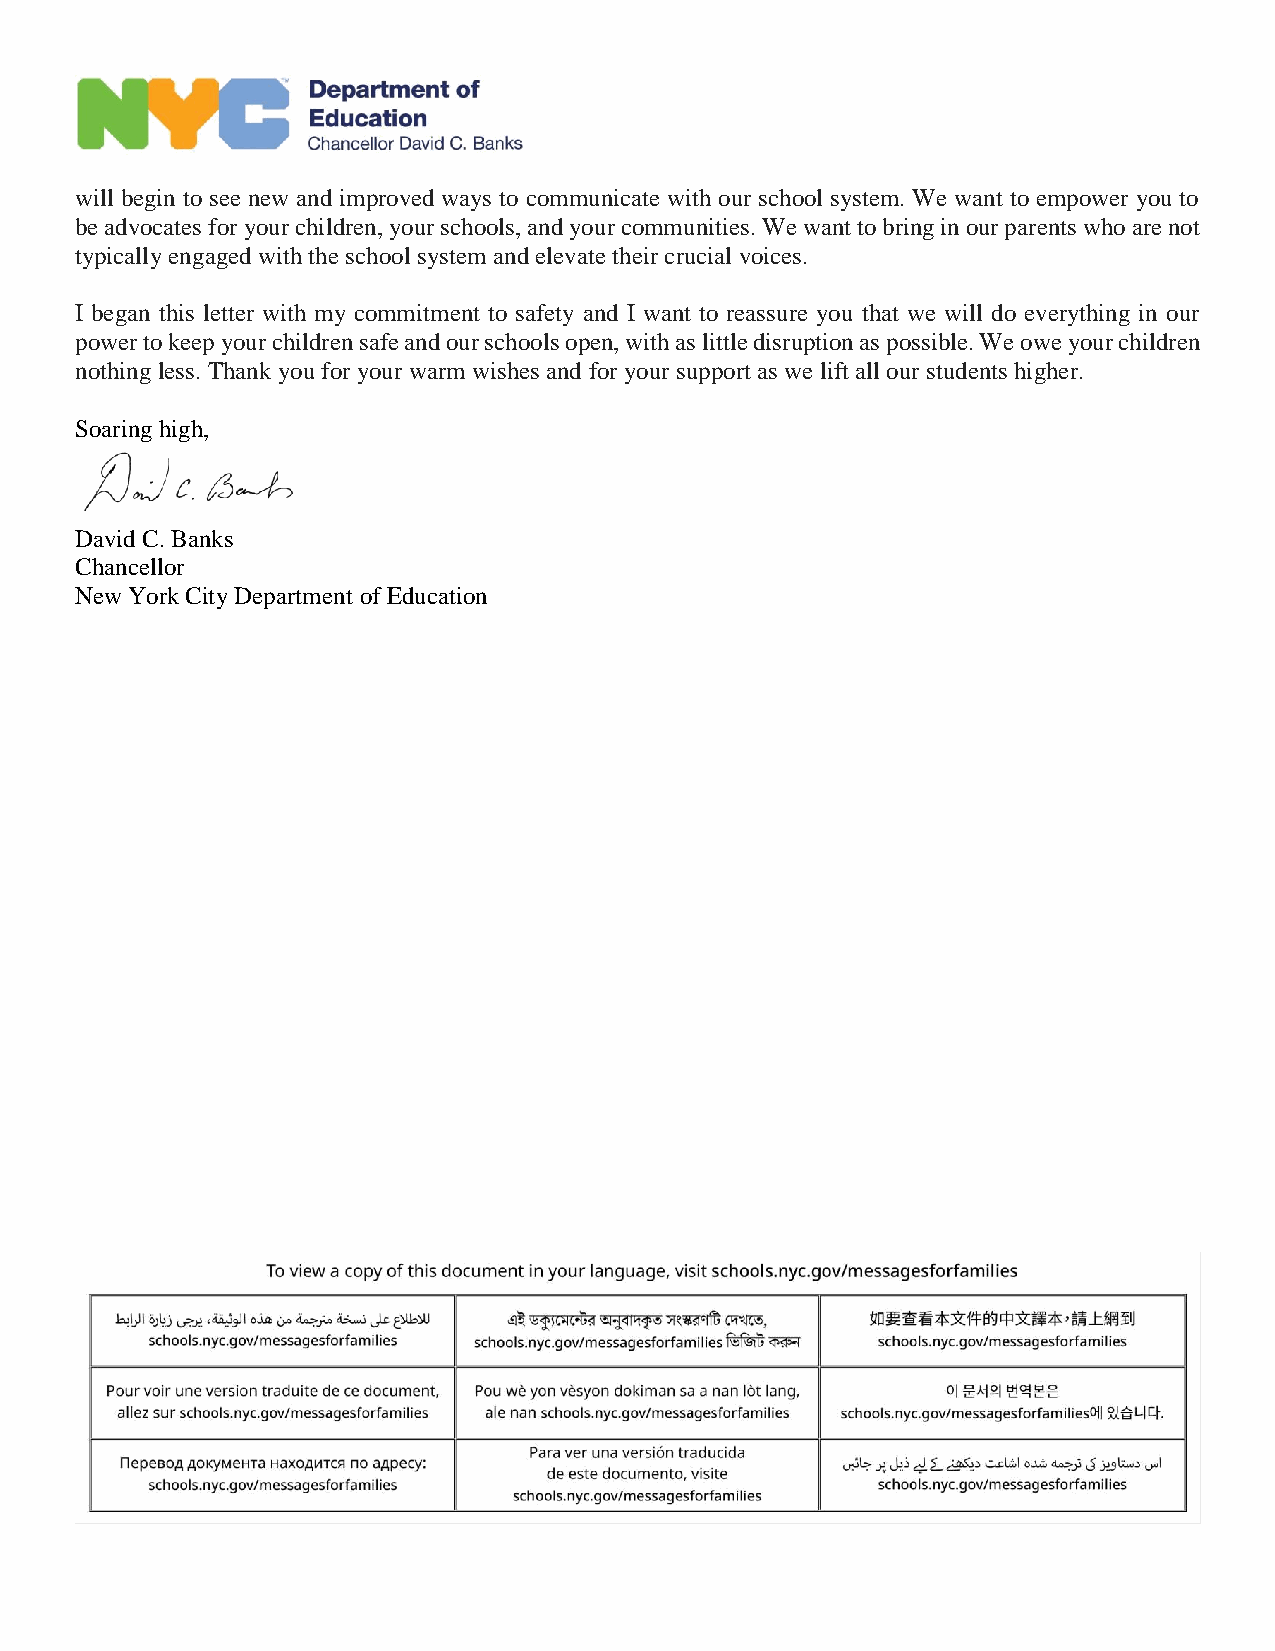
will begin to see new and improved ways to communicate with our school system. We want to empower you to
 be advocates for your children, your schools, and your communities. We want to bring in our parents who are not
 typically engaged with the school system and elevate their crucial voices.
 I began this letter with my commitment to safety and I want to reassure you that we will do everything in our
 power to keep your children safe and our schools open, with as little disruption as possible. We owe your children
 nothing less. Thank you for your warm wishes and for your support as we lift all our students higher.
 Soaring high,
 David C. Banks
 Chancellor
 New York City Department of Education